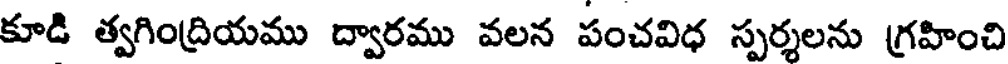
కూడి త్వగింద్రియము ద్వారము వలన పంచవిధ స్పర్శలను గ్రహించి